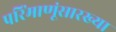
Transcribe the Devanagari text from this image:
परिंमाणूंसारख्या